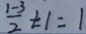
\frac { 1 - 3 } { 2 } \pm 1 = 1